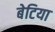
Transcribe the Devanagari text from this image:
बेटिया